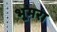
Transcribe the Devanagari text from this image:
भूमरा